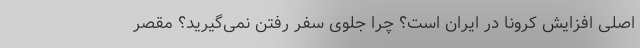
اصلی افزایش کرونا در ایران است؟ چرا جلوی سفر رفتن نمی‌گیرید؟ مقصر